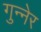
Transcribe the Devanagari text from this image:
गुन्नेर